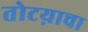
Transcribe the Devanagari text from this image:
तोटय़ाचा